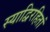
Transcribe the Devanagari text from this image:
स्याद्विरहितां